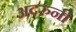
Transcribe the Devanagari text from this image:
अदरुनी